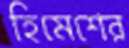
হিমেশের